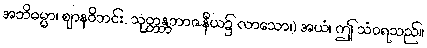
အဘိဓမ္မာ၊ ဈာနဝိဘင်း, သုတ္တန္တဘာဇနီယ၌ လာသော၊) အယံ၊ ဤ သံဝရသည်။